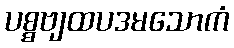
ပစ္စဗျထပဒမသောကံ